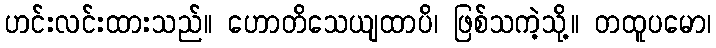
ဟင်းလင်းထားသည်။ ဟောတိသေယျထာပိ၊ ဖြစ်သကဲ့သို့။ တထူပမော၊